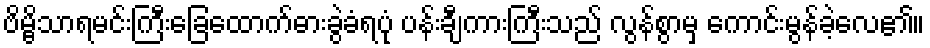
ဗိမ္ဗိသာရမင်းကြီးခြေထောက်ဓားခွဲခံရပုံ ပန်းချီကားကြီးသည် လွန်စွာမှ ကောင်းမွန်ခဲ့လေ၏။